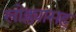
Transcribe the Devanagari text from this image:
खोक्ल्यासह